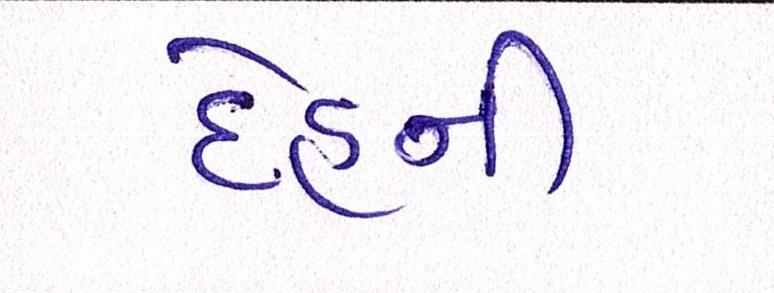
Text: દેહની